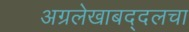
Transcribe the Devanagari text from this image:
अग्रलेखाबद्दलचा